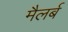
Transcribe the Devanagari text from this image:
मैलर्ब